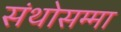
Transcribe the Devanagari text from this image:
संथोसम्मा